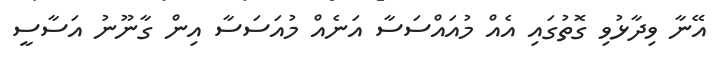
އޭނާ ވިދާޅުވި ގޮތުގައި އެއް މުއައްސަސާ އަނެއް މުއަސަސާ އިން ގާނޫނު އަސާސީ